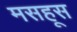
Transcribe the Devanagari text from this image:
मसहूस